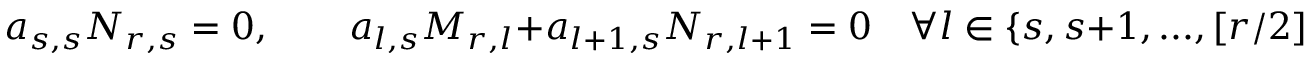
a _ { s , s } N _ { r , s } = 0 , \quad \quad a _ { l , s } M _ { r , l } + a _ { l + 1 , s } N _ { r , l + 1 } = 0 \quad \forall l \in \{ s , s + 1 , . . . , [ r / 2 ] - 1 \} ,